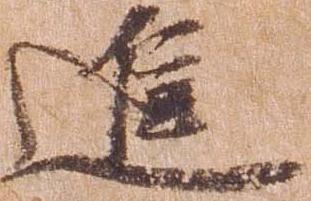
進